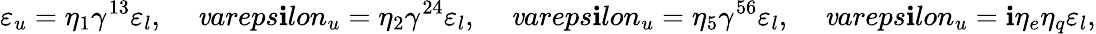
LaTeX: \varepsilon_{u}=\eta_{1}\gamma^{13}\varepsilon_{l},\ \ \ \ \, \mathit{v}areps\mathbf{i}lon_{u}=\eta_{2}\gamma^{24}\varepsilon_{l},\ \ \ \ \, \mathit{v}areps\mathbf{i}lon_{u}=\eta_{5}\gamma^{56}\varepsilon_{l},\ \ \ \ \, \mathit{v}areps\mathbf{i}lon_{u}=\mathbf{i}\eta_{e}\eta_{q}\varepsilon_{l},